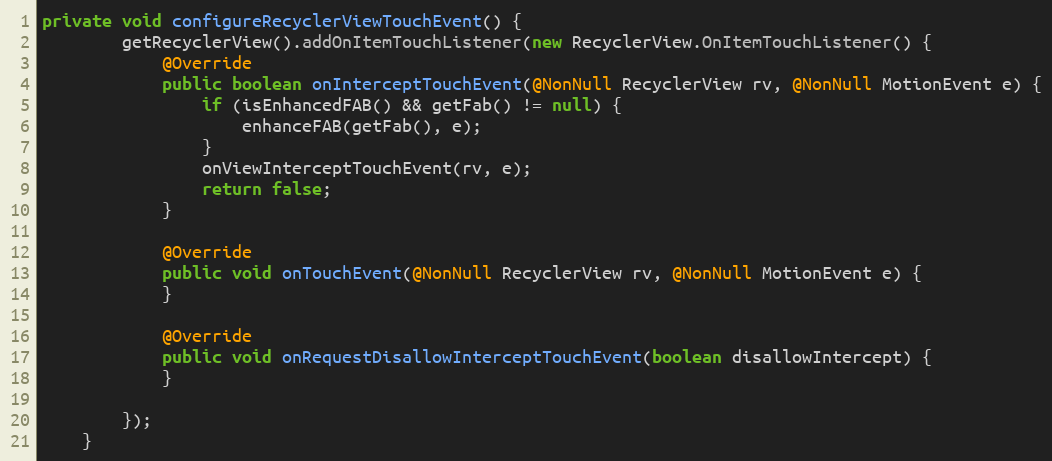
Language: Java
private void configureRecyclerViewTouchEvent() {
        getRecyclerView().addOnItemTouchListener(new RecyclerView.OnItemTouchListener() {
            @Override
            public boolean onInterceptTouchEvent(@NonNull RecyclerView rv, @NonNull MotionEvent e) {
                if (isEnhancedFAB() && getFab() != null) {
                    enhanceFAB(getFab(), e);
                }
                onViewInterceptTouchEvent(rv, e);
                return false;
            }

            @Override
            public void onTouchEvent(@NonNull RecyclerView rv, @NonNull MotionEvent e) {
            }

            @Override
            public void onRequestDisallowInterceptTouchEvent(boolean disallowIntercept) {
            }

        });
    }